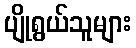
ပျိုရွယ်သူများ